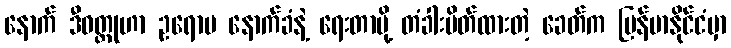
နောက် ဒီဝတ္ထုဟာ ဥရောပ နောက်ခံနဲ့ ရေးတာမို့ တံခါးပိတ်ထားတဲ့ ခေတ်က မြန်မာနိုင်ငံမှာ